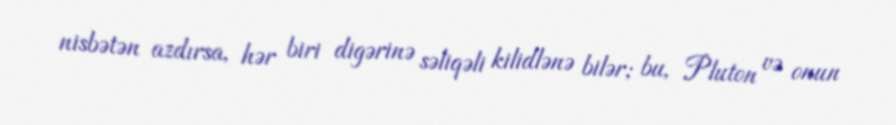
nisbətən azdırsa, hər biri digərinə səliqəli kilidlənə bilər; bu, Pluton və onun